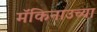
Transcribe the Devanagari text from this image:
मॅकिनाउच्या